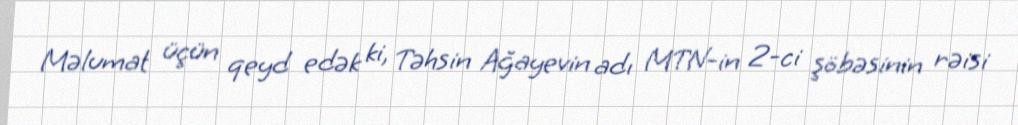
Məlumat üçün qeyd edək ki, Təhsin Ağayevin adı MTN-in 2-ci şöbəsinin rəisi